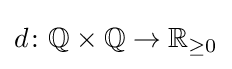
d\colon \mathbb {Q} \times \mathbb {Q} \to \mathbb {R} _{\geq 0}